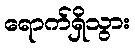
ရောက်ရှိသွား